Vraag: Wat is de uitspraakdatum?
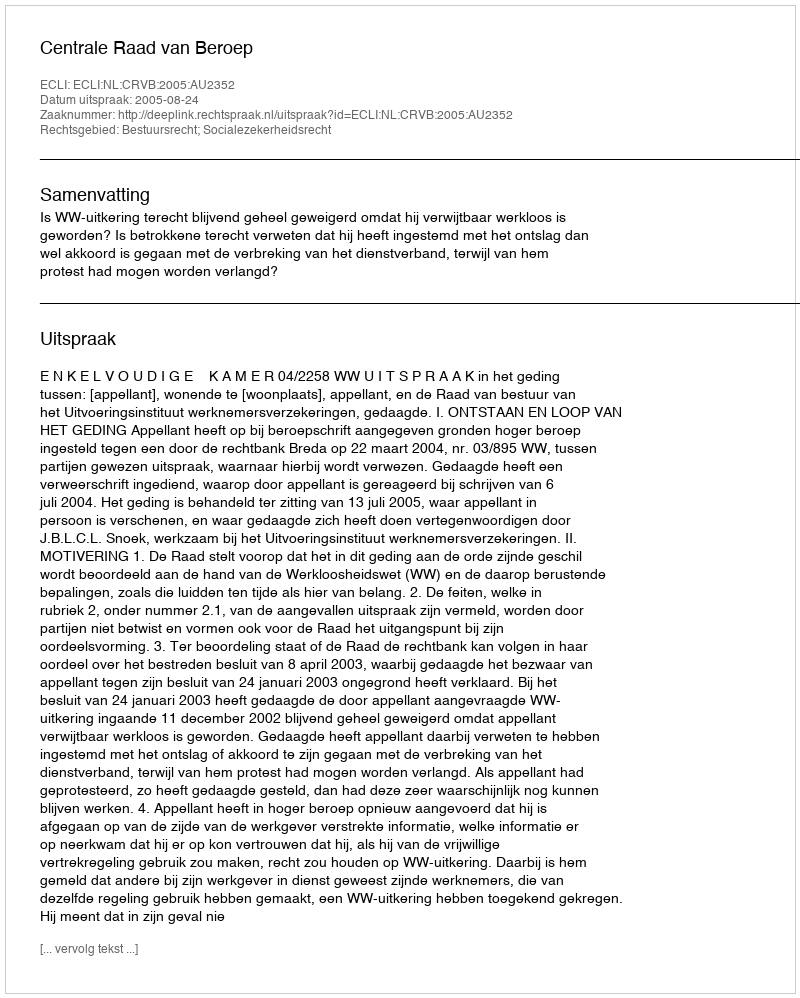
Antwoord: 2005-08-24